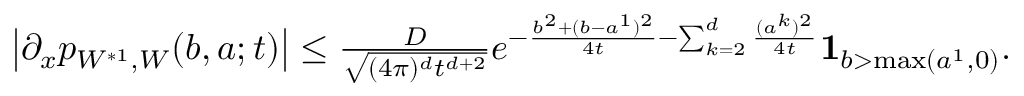
\begin{array} { r } { \left| \partial _ { x } p _ { W ^ { * 1 } , W } ( b , a ; t ) \right| \leq \frac { D } { \sqrt { ( 4 \pi ) ^ { d } t ^ { d + 2 } } } e ^ { - \frac { b ^ { 2 } + ( b - a ^ { 1 } ) ^ { 2 } } { 4 t } - \sum _ { k = 2 } ^ { d } \frac { ( a ^ { k } ) ^ { 2 } } { 4 t } } { \mathbf 1 } _ { b > \operatorname* { m a x } ( a ^ { 1 } , 0 ) } . } \end{array}